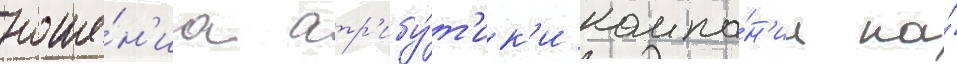
ноше́н'иа атр'ибу́т'ик'и компа́н'ии на́